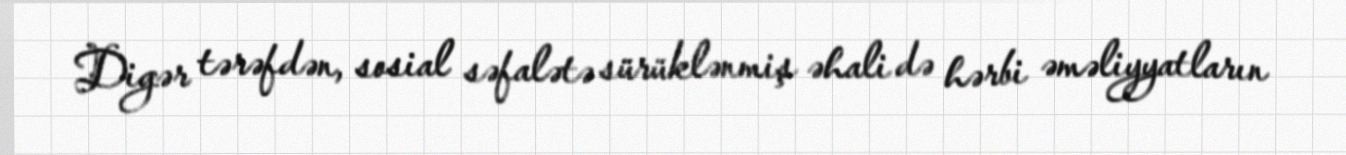
Digər tərəfdən, sosial səfalətə sürüklənmiş əhali də hərbi əməliyyatların